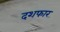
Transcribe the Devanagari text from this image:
दशफार